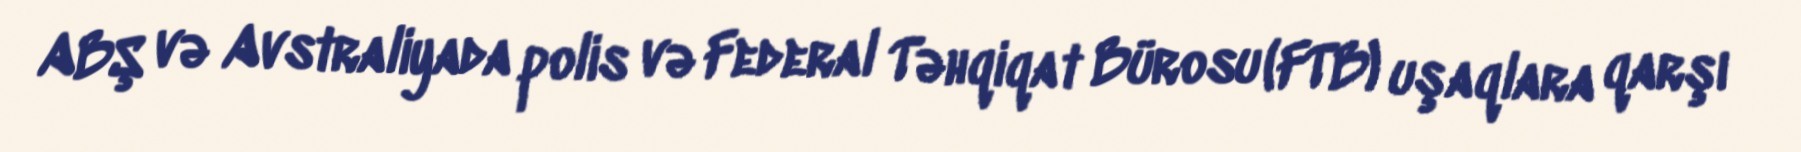
ABŞ və Avstraliyada polis və Federal Təhqiqat Bürosu (FTB) uşaqlara qarşı